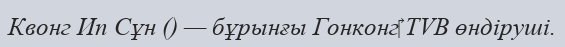
Квонг Ип Сұн () — бұрынғы Гонконг‎ TVB өндіруші.